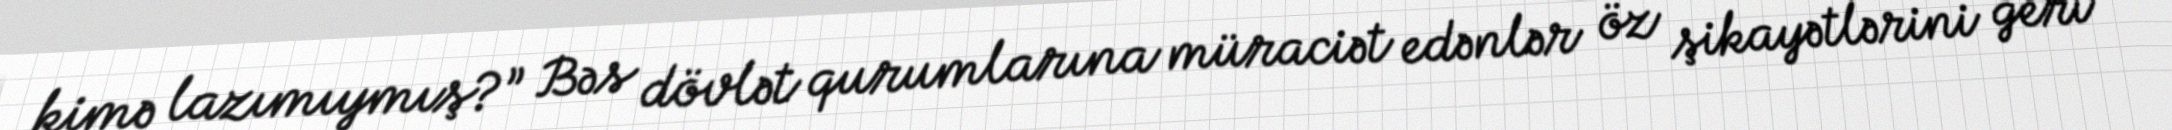
kimə lazımıymış?” Bəs dövlət qurumlarına müraciət edənlər öz şikayətlərini geri